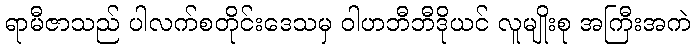
ရာမီဇာသည် ပါလက်စတိုင်းဒေသမှ ဝါဟဘီဘီဒိုယင် လူမျိုးစု အကြီးအကဲ